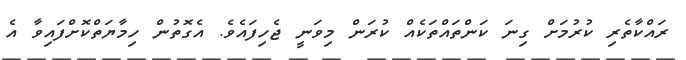
ރައްކާތެރި ކުރުމަށް ގިނަ ކަންތައްތަކެއް ކުރަން މިވަނީ ޖެހިފައެވެ. އެގޮތުން ހިމާޔަތްކޮށްފައިވާ އެ